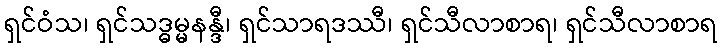
ရှင်ဝံသ၊ ရှင်သဒ္ဓမ္မနန္ဒီ၊ ရှင်သာရဒဿီ၊ ရှင်သီလာစာရ၊ ရှင်သီလာစာရ